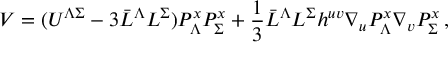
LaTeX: { \cal V } = ( U ^ { \Lambda \Sigma } - 3 \bar { L } ^ { \Lambda } L ^ { \Sigma } ) P _ { \Lambda } ^ { x } P _ { \Sigma } ^ { x } + \frac 1 3 \bar { L } ^ { \Lambda } L ^ { \Sigma } h ^ { u v } \nabla _ { u } P _ { \Lambda } ^ { x } \nabla _ { v } P _ { \Sigma } ^ { x } \, ,